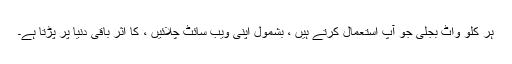
ہر کلو واٹ بجلی جو آپ استعمال کرتے ہیں ، بشمول اپنی ویب سائٹ چلائیں ، کا اثر باقی دنیا پر پڑتا ہے۔